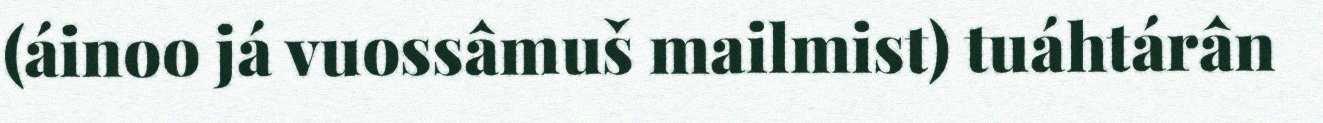
(áinoo já vuossâmuš mailmist) tuáhtárân